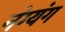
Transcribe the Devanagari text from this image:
नंग्यंग